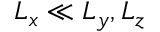
L _ { x } \ll L _ { y } , L _ { z }